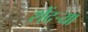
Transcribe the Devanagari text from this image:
शेंदऱ्या